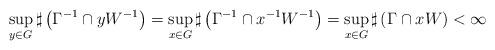
LaTeX: \begin{align*}\sup_{y\in G}\sharp\left( \Gamma^{-1}\cap y W^{-1}\right) = \sup_{x \in G}\sharp\left( \Gamma^{-1}\cap x^{-1} W^{-1}\right) = \sup_{x\in G}\sharp\left( \Gamma\cap x W \right) <\infty\end{align*}